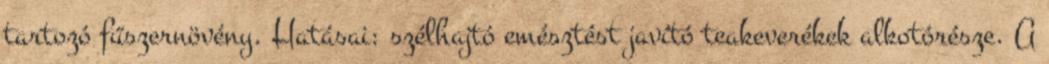
tartozó fűszernövény. Hatásai: szélhajtó emésztést javító teakeverékek alkotórésze. A